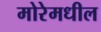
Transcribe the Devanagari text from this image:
मोरेमधील